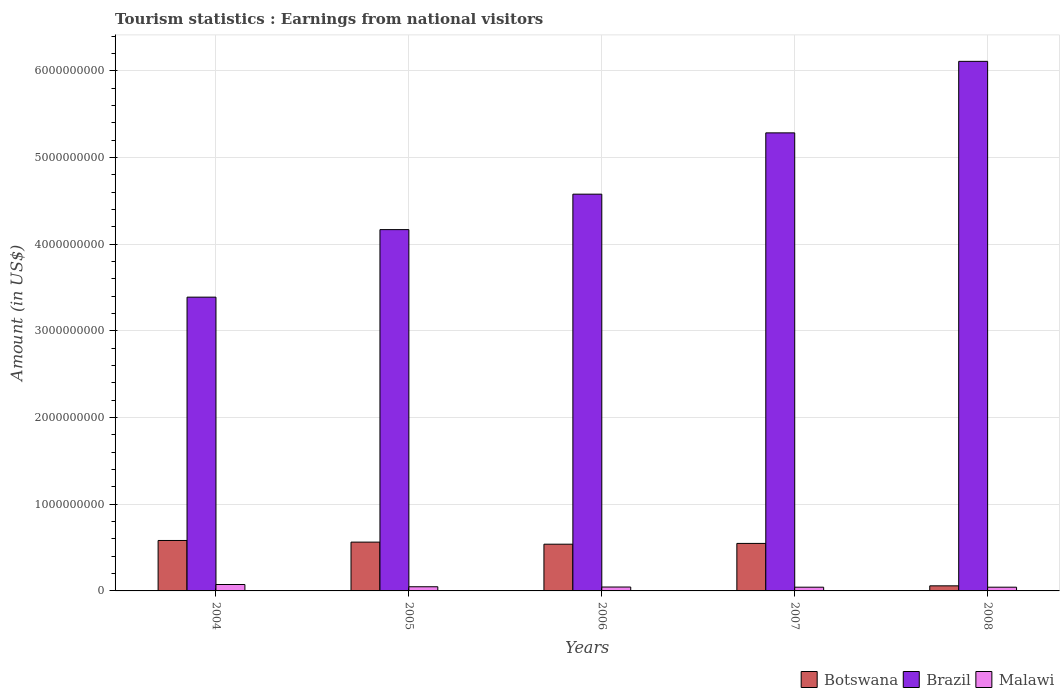
| Years | Botswana | Brazil | Malawi |
 | --- | --- | --- | --- |
 | 2004 | 5.82e+08 | 3.39e+09 | 7.4e+07 |
 | 2005 | 5.63e+08 | 4.17e+09 | 4.8e+07 |
 | 2006 | 5.39e+08 | 4.58e+09 | 4.5e+07 |
 | 2007 | 5.48e+08 | 5.28e+09 | 4.3e+07 |
 | 2008 | 5.87e+07 | 6.11e+09 | 4.3e+07 |